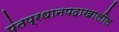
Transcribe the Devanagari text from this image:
पंतप्रधानपदाखालील